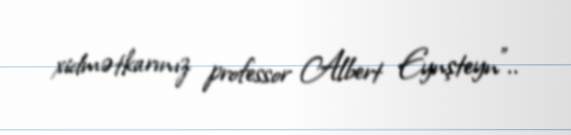
xidmətkarınız professor Albert Eynşteyn”..